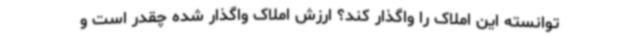
توانسته این املاک را واگذار کند؟ ارزش املاک واگذار شده چقدر است و